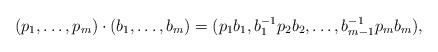
LaTeX: \begin{align*}(p_1,\dots, p_m) \cdot (b_1,\dots, b_m) = (p_1 b_1, b_1^{-1} p_2 b_2 , \dots, b_{m-1}^{-1} p_m b_m),\end{align*}